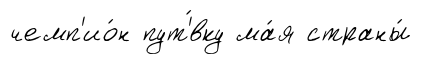
чемп'ио́н пут'́вку ма́я страны́